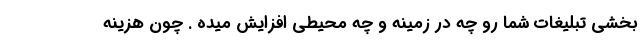
بخشی تبلیغات شما رو چه در زمینه و چه محیطی افزایش میده . چون هزینه